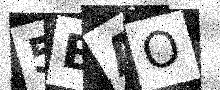
Text: 5BAO